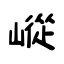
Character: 嵷